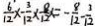
\frac { 6 } { 1 2 } \times - \frac { 3 } { 1 2 } \times \frac { 8 } { 1 2 } x = - \frac { 8 } { 1 2 } - \frac { 3 } { 1 2 }